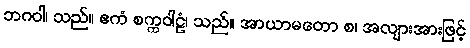
ဘဂဝါ၊ သည်။ ဧကံ စက္ကဝါဠံ၊ သည်။ အာယာမတော စ၊ အလျားအားဖြင့်